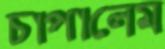
চাপালেম